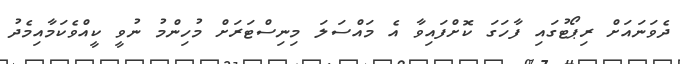
ދެވަނައަށް ރިޕޯޓުގައި ފާހަގަ ކޮށްފައިވާ އެ މައްސަލަ މިނިސްޓަރަށް މުހިންމު ނުވީ ކީއްވެކަމާއިމެދު